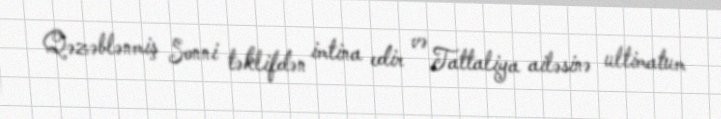
Qəzəblənmiş Sonni təklifdən imtina edir və Tattaliya ailəsinə ultimatum